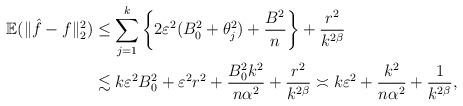
LaTeX: \begin{align*} \mathbb{E}(\|\hat{f}-f\|_2^2) &\leq \sum_{j=1}^k\left\{2\varepsilon^2(B_0^2+\theta_j^2)+\frac{B^2}{n}\right\} + \frac{r^2}{k^{2\beta}} \\ & \lesssim k\varepsilon^2B_0^2 +\varepsilon^2r^2 +\frac{B_0^2k^2}{n\alpha^2}+ \frac{r^2}{k^{2\beta}} \asymp k\varepsilon^2+\frac{k^2}{n\alpha^2} + \frac{1}{k^{2\beta}}, \end{align*}